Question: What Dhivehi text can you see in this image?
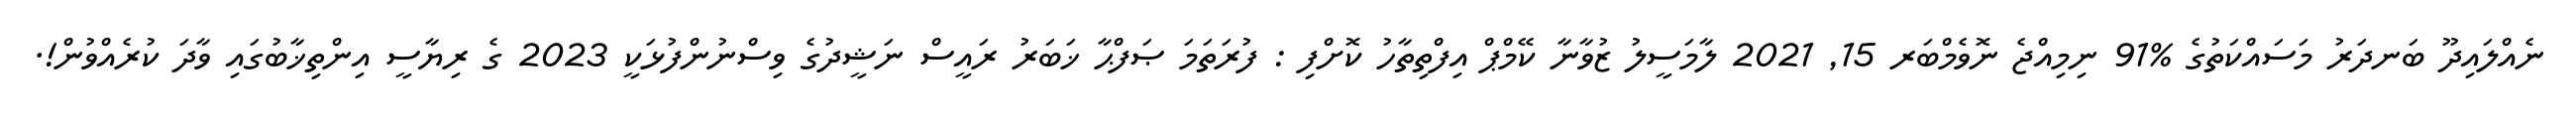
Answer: ނެއްލައިދޫ ބަނދަރު މަސައްކަތުގެ %91 ނިމިއްޖެ ނޮވެމްބަރ 15, 2021 ލާމަސީލު ޒުވާނާ ކޭމްޕް އިފްތިތާހު ކޮށްފި : ފުރަތަމަ ޞަފްޙާ ޚަބަރު ރައީސް ނަޝީދުގެ ވިސްނުންފުޅަކީ 2023 ގެ ރިޔާސީ އިންތިޚާބުގައި ވާދަ ކުރެއްވުން!.